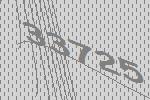
33725